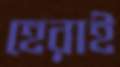
হেরাই